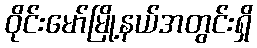
ဝိုင်းမော်မြို့နယ်အတွင်းရှိ